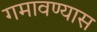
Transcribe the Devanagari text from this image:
गमावण्यास